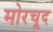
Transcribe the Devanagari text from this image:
मोरचूद